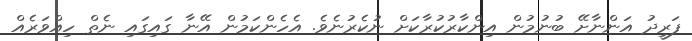
ފަރީދު އަންނާށޭ ބުނުމުން އިންކާރުކުރާކަށް ނުކެރުނެވެ. އެހެންކަމުން އޭނާ ގައިގައި ނެތް ހިއްވަރެއް